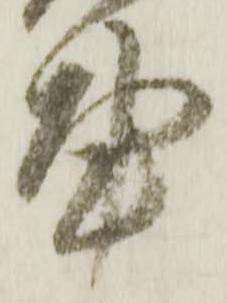
事